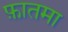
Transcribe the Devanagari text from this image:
फ़ातमा